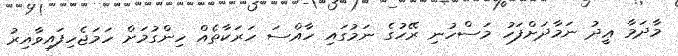
މާދަމާ ޢީދު ނަމާދަށްފަހު މަސްހުނި ރޭހުގެ ނަމުގައި ހާއްސަ ހަރަކާތެއް ހިންގުމަށް ހަމަޖެހިފައިވާއިރު